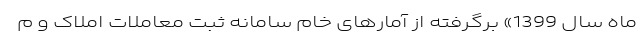
ماه سال 1399» برگرفته از آمارهای خام سامانه ثبت معاملات املاک و م